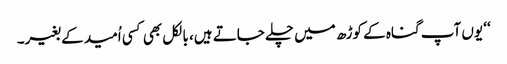
‘‘ یوں آپ گناہ کے کوڑھ میں چلے جاتے ہیں، بالکل بھی کسی اُمید کے بغیر۔